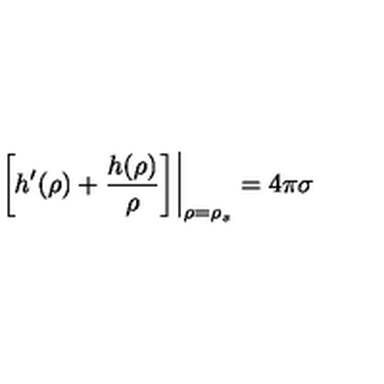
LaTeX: \left. \left[ h ^ { \prime } ( \rho ) + \frac { h ( \rho ) } { \rho } \right] \right| _ { \rho = \rho _ { s } } = 4 \pi \sigma